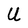
Character: U